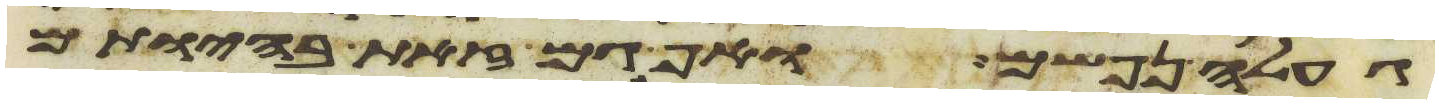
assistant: געלה נפשם ואף גם זאת בהיותם